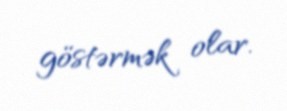
göstərmək olar.